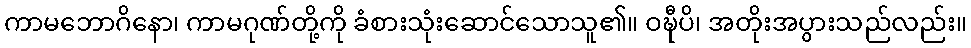
ကာမဘောဂိနော၊ ကာမဂုဏ်တို့ကို ခံစားသုံးဆောင်သောသူ၏။ ဝဍ္ဎီပိ၊ အတိုးအပွားသည်လည်း။